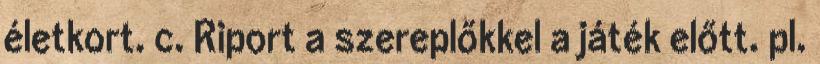
életkort. c. Riport a szereplőkkel a játék előtt. pl.